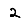
Digit: 2